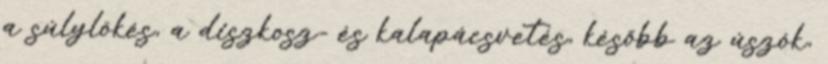
a súlylökés, a diszkosz- és kalapácsvetés, később az úszók,